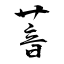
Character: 萻